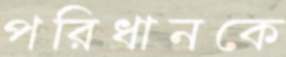
পরিধানকে